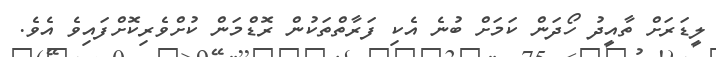
ލީޑަރަށް ތާއީދު ހޯދަން ކަމަށް ބުނެ އެކި ފަރާތްތަކުން ރޮޑްމަން ކުށްވެރިކޮށްފައިވެ އެވެ.